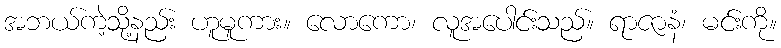
အဘယ်ကဲ့သို့နည်း ဟူမူကား။ လောကော၊ လူအပေါင်းသည်။ ရာဇာနံ၊ မင်းကို။